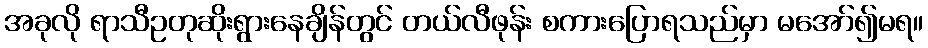
အခုလို ရာသီဥတုဆိုးရွားနေချိန်တွင် တယ်လီဖုန်း စကားပြောရသည်မှာ မအော်၍မရ။